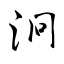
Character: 泂